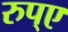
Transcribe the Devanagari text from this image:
रुप्ए